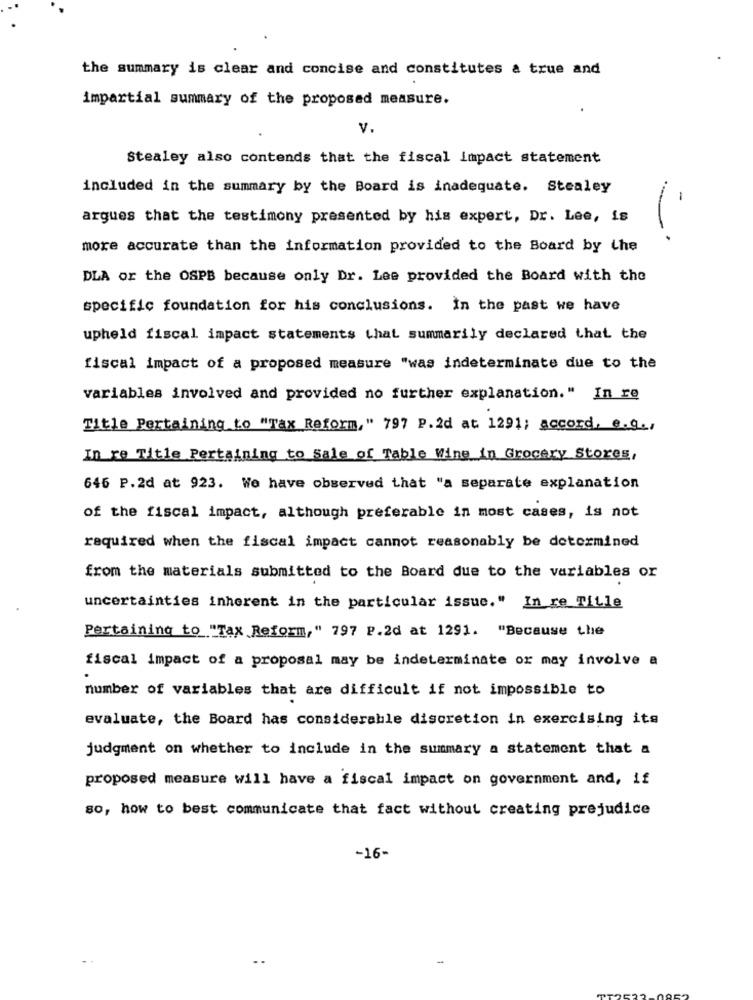
the summary is clear and concise and constitutes a true and
impartial summary of the proposed measure.
v.
Stealey also contends that the fiscal impact statement
included in the summary by the Board is inadequate. Stealey
-
argues that the testimony presented by his expert, Dr. Lee, is
more accurate than the information provided to the Board by the
DLA or the OSPB because only Dr. Lee provided the Board with the
specific foundation for his conclusions. In the past we have
upheld fiscal impact statements that summarily declared that the
fiscal impact of a proposed measure "was indeterminate due to the
variables involved and provided no further explanation." In re
Title Pertaining to "Tax Reform, " 797 P.2d at 1291; accord, e.g .,
In re Title Pertaining to Sale of Table Wine in Grocery Stores,
646 P.2d at 923. We have observed that "a separate explanation
of the fiscal impact, although preferable in most cases, is not
required when the fiscal impact cannot reasonably be determined
from the materials submitted to the Board due to the variables or
uncertainties inherent in the particular issue." In re Title
Pertaining to "Tax Reform," 797 P.2d at 1291. "Because the
fiscal impact of a proposal may be indeterminate or may involve a
number of variables that are difficult if not impossible to
evaluate, the Board has considerable discretion in exercising its
judgment on whether to include in the summary a statement that a
proposed measure will have a fiscal impact on government and, if
so, how to best communicate that fact without creating prejudice
-16-